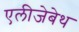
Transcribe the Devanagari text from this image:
एलीजेबेथ